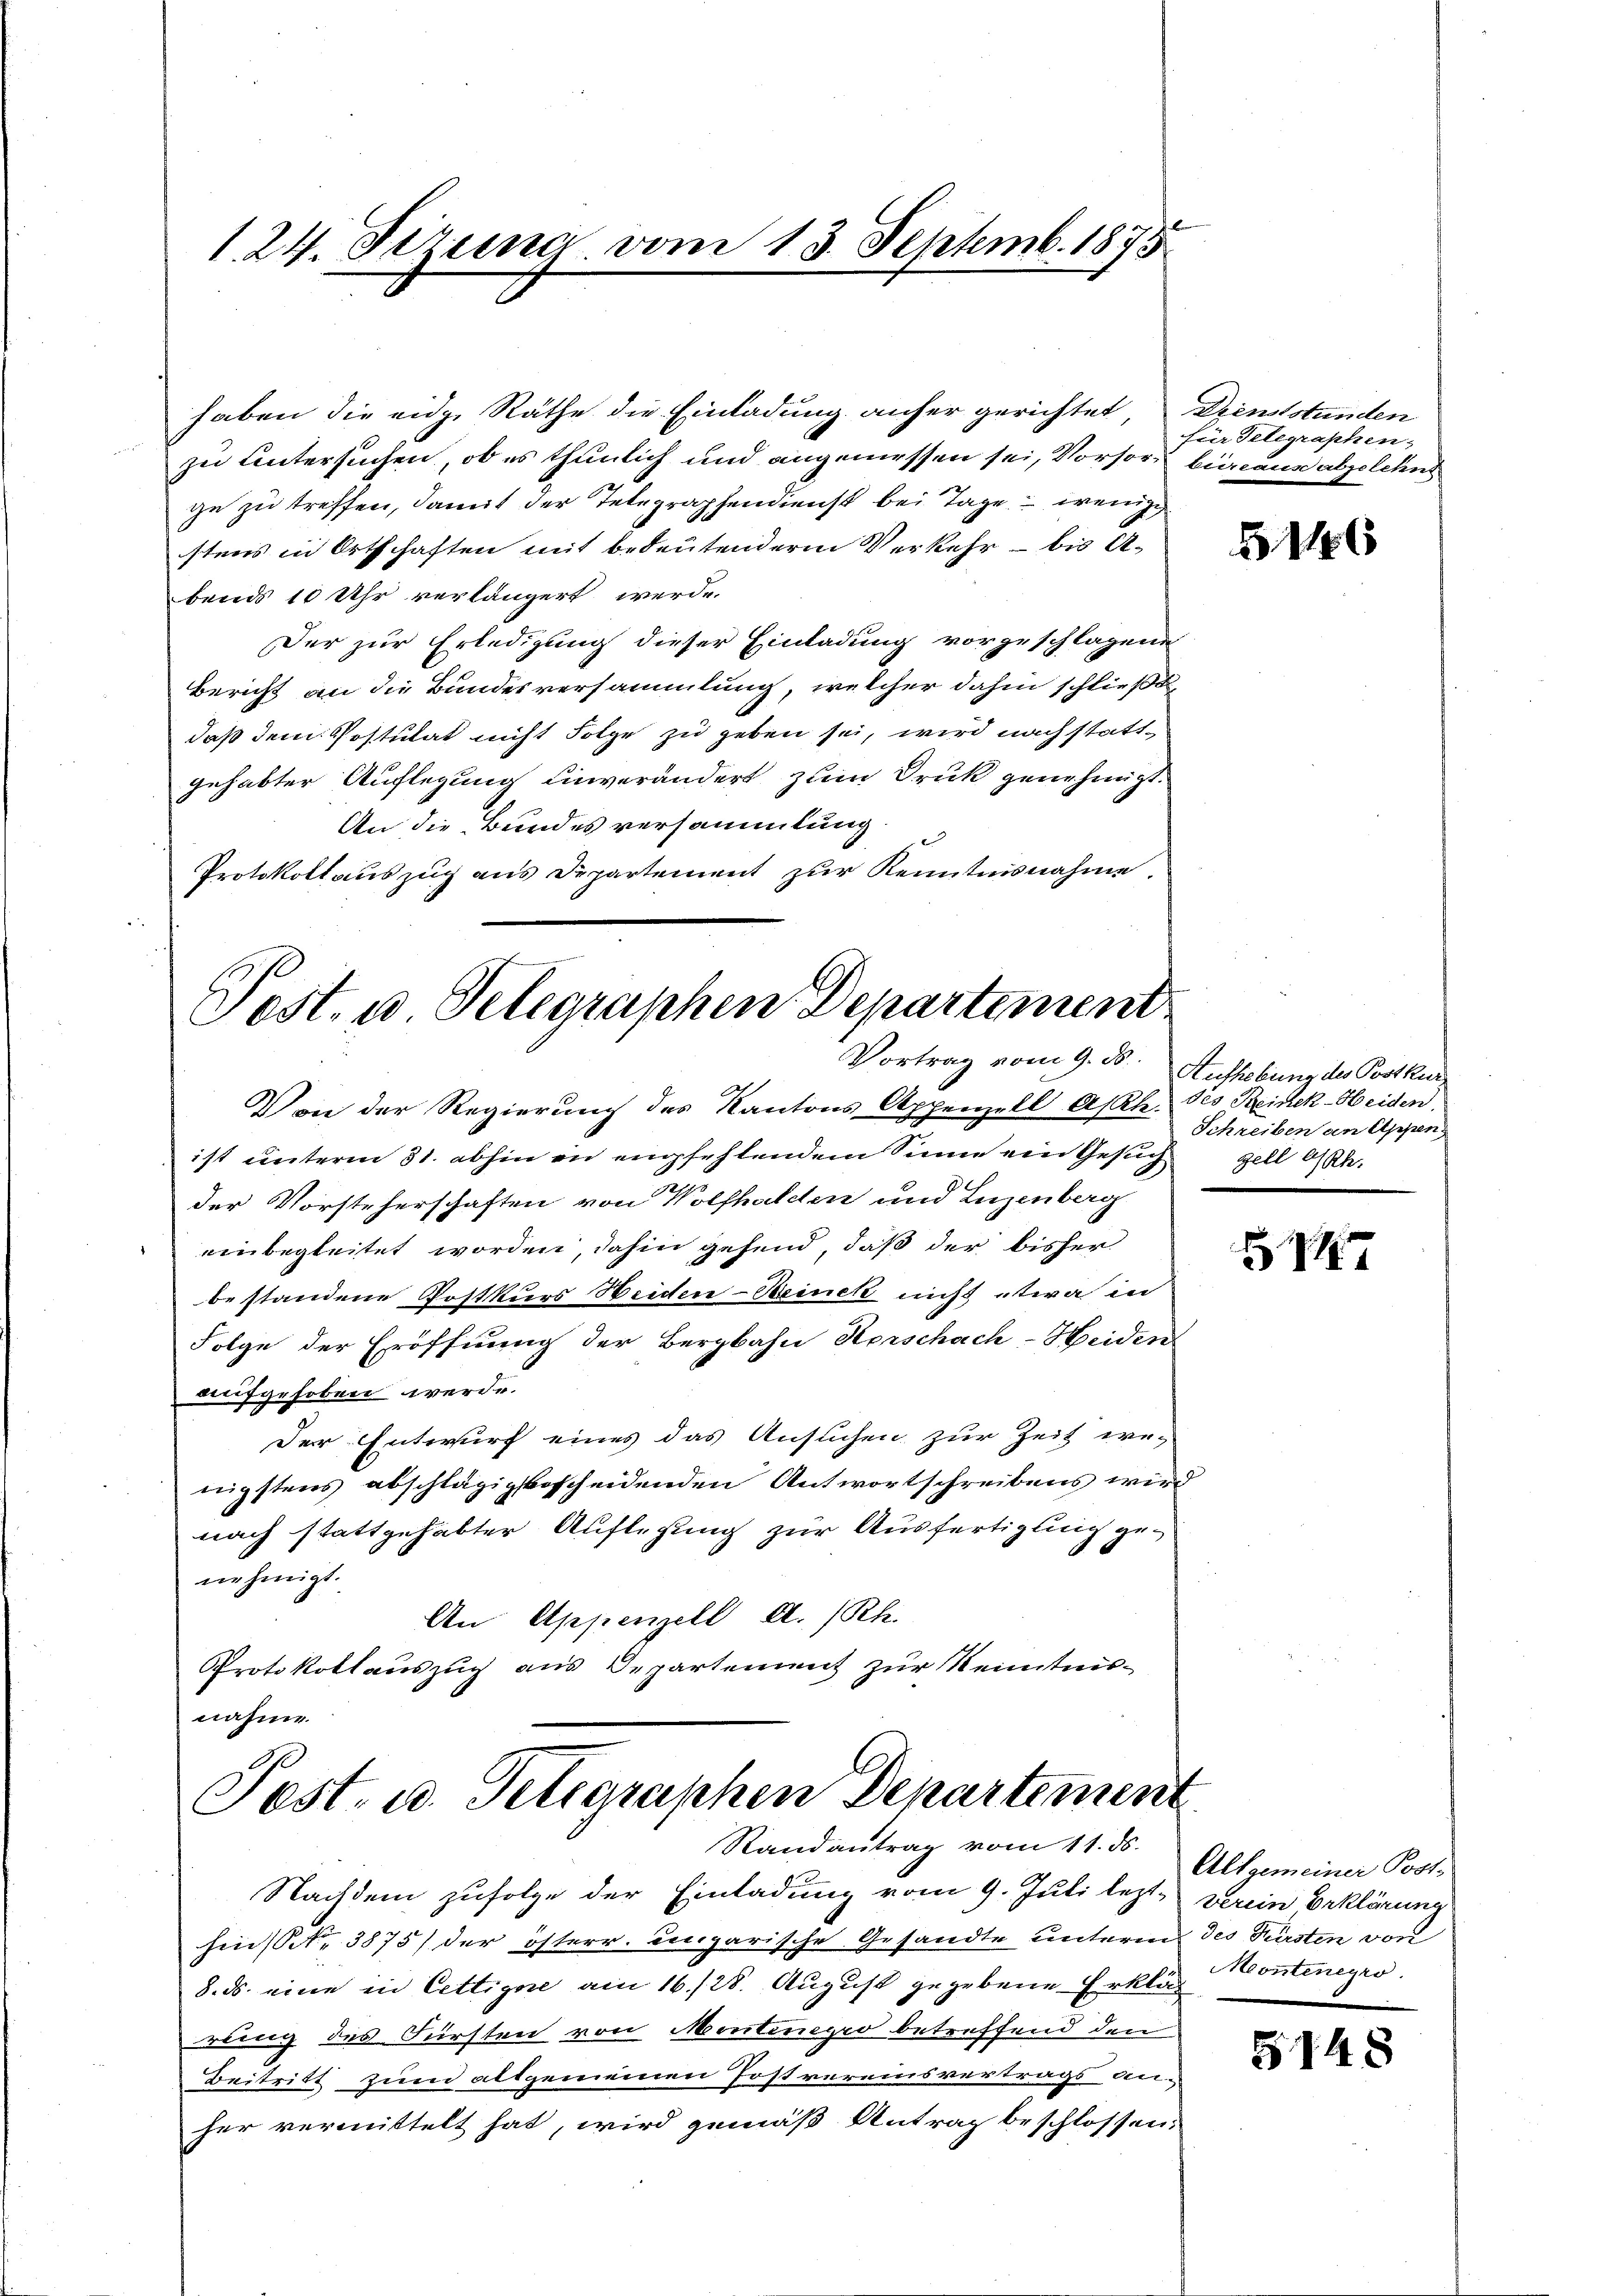
1. 24. Sizung vom 13. Septemb. 1875

zu Untersuchen, ob es thunlich und angemessen sei, Vorsore büreaus abgelehnt
ge zu treffen, damit der Telegraphendienst bei Tage – wenige
stens in Ortschaften mit bedeutendere Verkehr – bis A-
bends 10 Uhr verlängert werde.
Der zur Erledigung dieser Einladung vorgeschlagene
Bericht an die Bundesversammlung, welcher dahin schließt
daß dem Postulat nicht Folge zu geben sei, wird nach stattgehabter Auflegung einverändert zum Druk genehmigt.
An die Bundes versammlung
Protokollauszug aus Departement zur Kenntnisnahme.

haben die eidg. Räthe die Einladung anfer gerichtet

Von der Regierung des Kantons Appenzell Ash. des Reinek-Heiden,
ist unterm 31. abhin in empfehlendem Sinne ein Gesuch Zell beder Vorsteherschaften von Wolfhalden und Luzenberg
einbegleitet worden, dahin gehend, daß der bisher
bestandene Postkurs Heiden-Beinek nicht etwa in
Folge der Eröffnung der Bergbahn Herschach-Heiden
aufgehoben werde.
Der Entwurf eines das Ansuchen zur Zeit we-
nigstens abschlägigsbescheidenden Antwortschreibens wird
nach stattgehabter Auflegung zur Ausfertigung genehmigt.
An Appenzell A. Rh.
Protokollauszug aus Departement zur Kenntnisnahme
Post- u. Telegraphen Departement
Randantrag vom 11. ds.
Nachdem zufolge der Einladung vom 9. Juli lezthen No 3875) der österr. Eingarische Gesandte unteren des Fürsten von
8. ds. eine in Cettigne am 16./28. August gegebene Erklärt Montenegro
rung des Fürsten von Montenegio betreffend den
Beitritt zum altgemeinen Postvereinsvertrags an-
her vermittelt hat, wird gemäß Antrag beschlossen:

Post. u Telegraphen Departement
Vortrag vom 9. ds.

Dienststunden
für delegraphen-

5146

Aufhebung des Postkur
Schreiben an Appen

4

Allgemeiner Post-
verein, Erklärung

§148